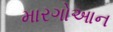
મારગોઆન